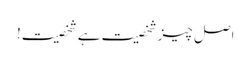
اصل چیز شخصیت ہے شخصیت!